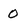
Character: 0